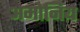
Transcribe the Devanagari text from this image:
अमोनिय